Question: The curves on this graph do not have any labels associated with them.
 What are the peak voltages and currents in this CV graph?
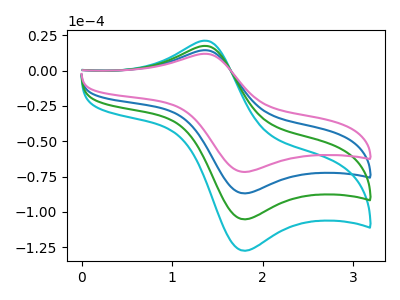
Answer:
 <answer>The blue curve "blue" has an anodic peak at (1.35V, 14.45uA) and a cathodic peak at (1.80V, -86.85uA). The cyan curve "cyan" has an anodic peak at (1.35V, 43.30uA) and a cathodic peak at (1.80V, -260.55uA). The green curve "green" has an anodic peak at (1.35V, 28.85uA) and a cathodic peak at (1.80V, -173.70uA). The pink curve "pink" has an anodic peak at (1.35V, 11.90uA) and a cathodic peak at (1.80V, -71.70uA).</answer>
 <eval></eval>